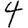
Digit: 4